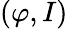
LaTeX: (\varphi,I)